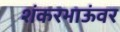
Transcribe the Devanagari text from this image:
शंकरभाऊंवर